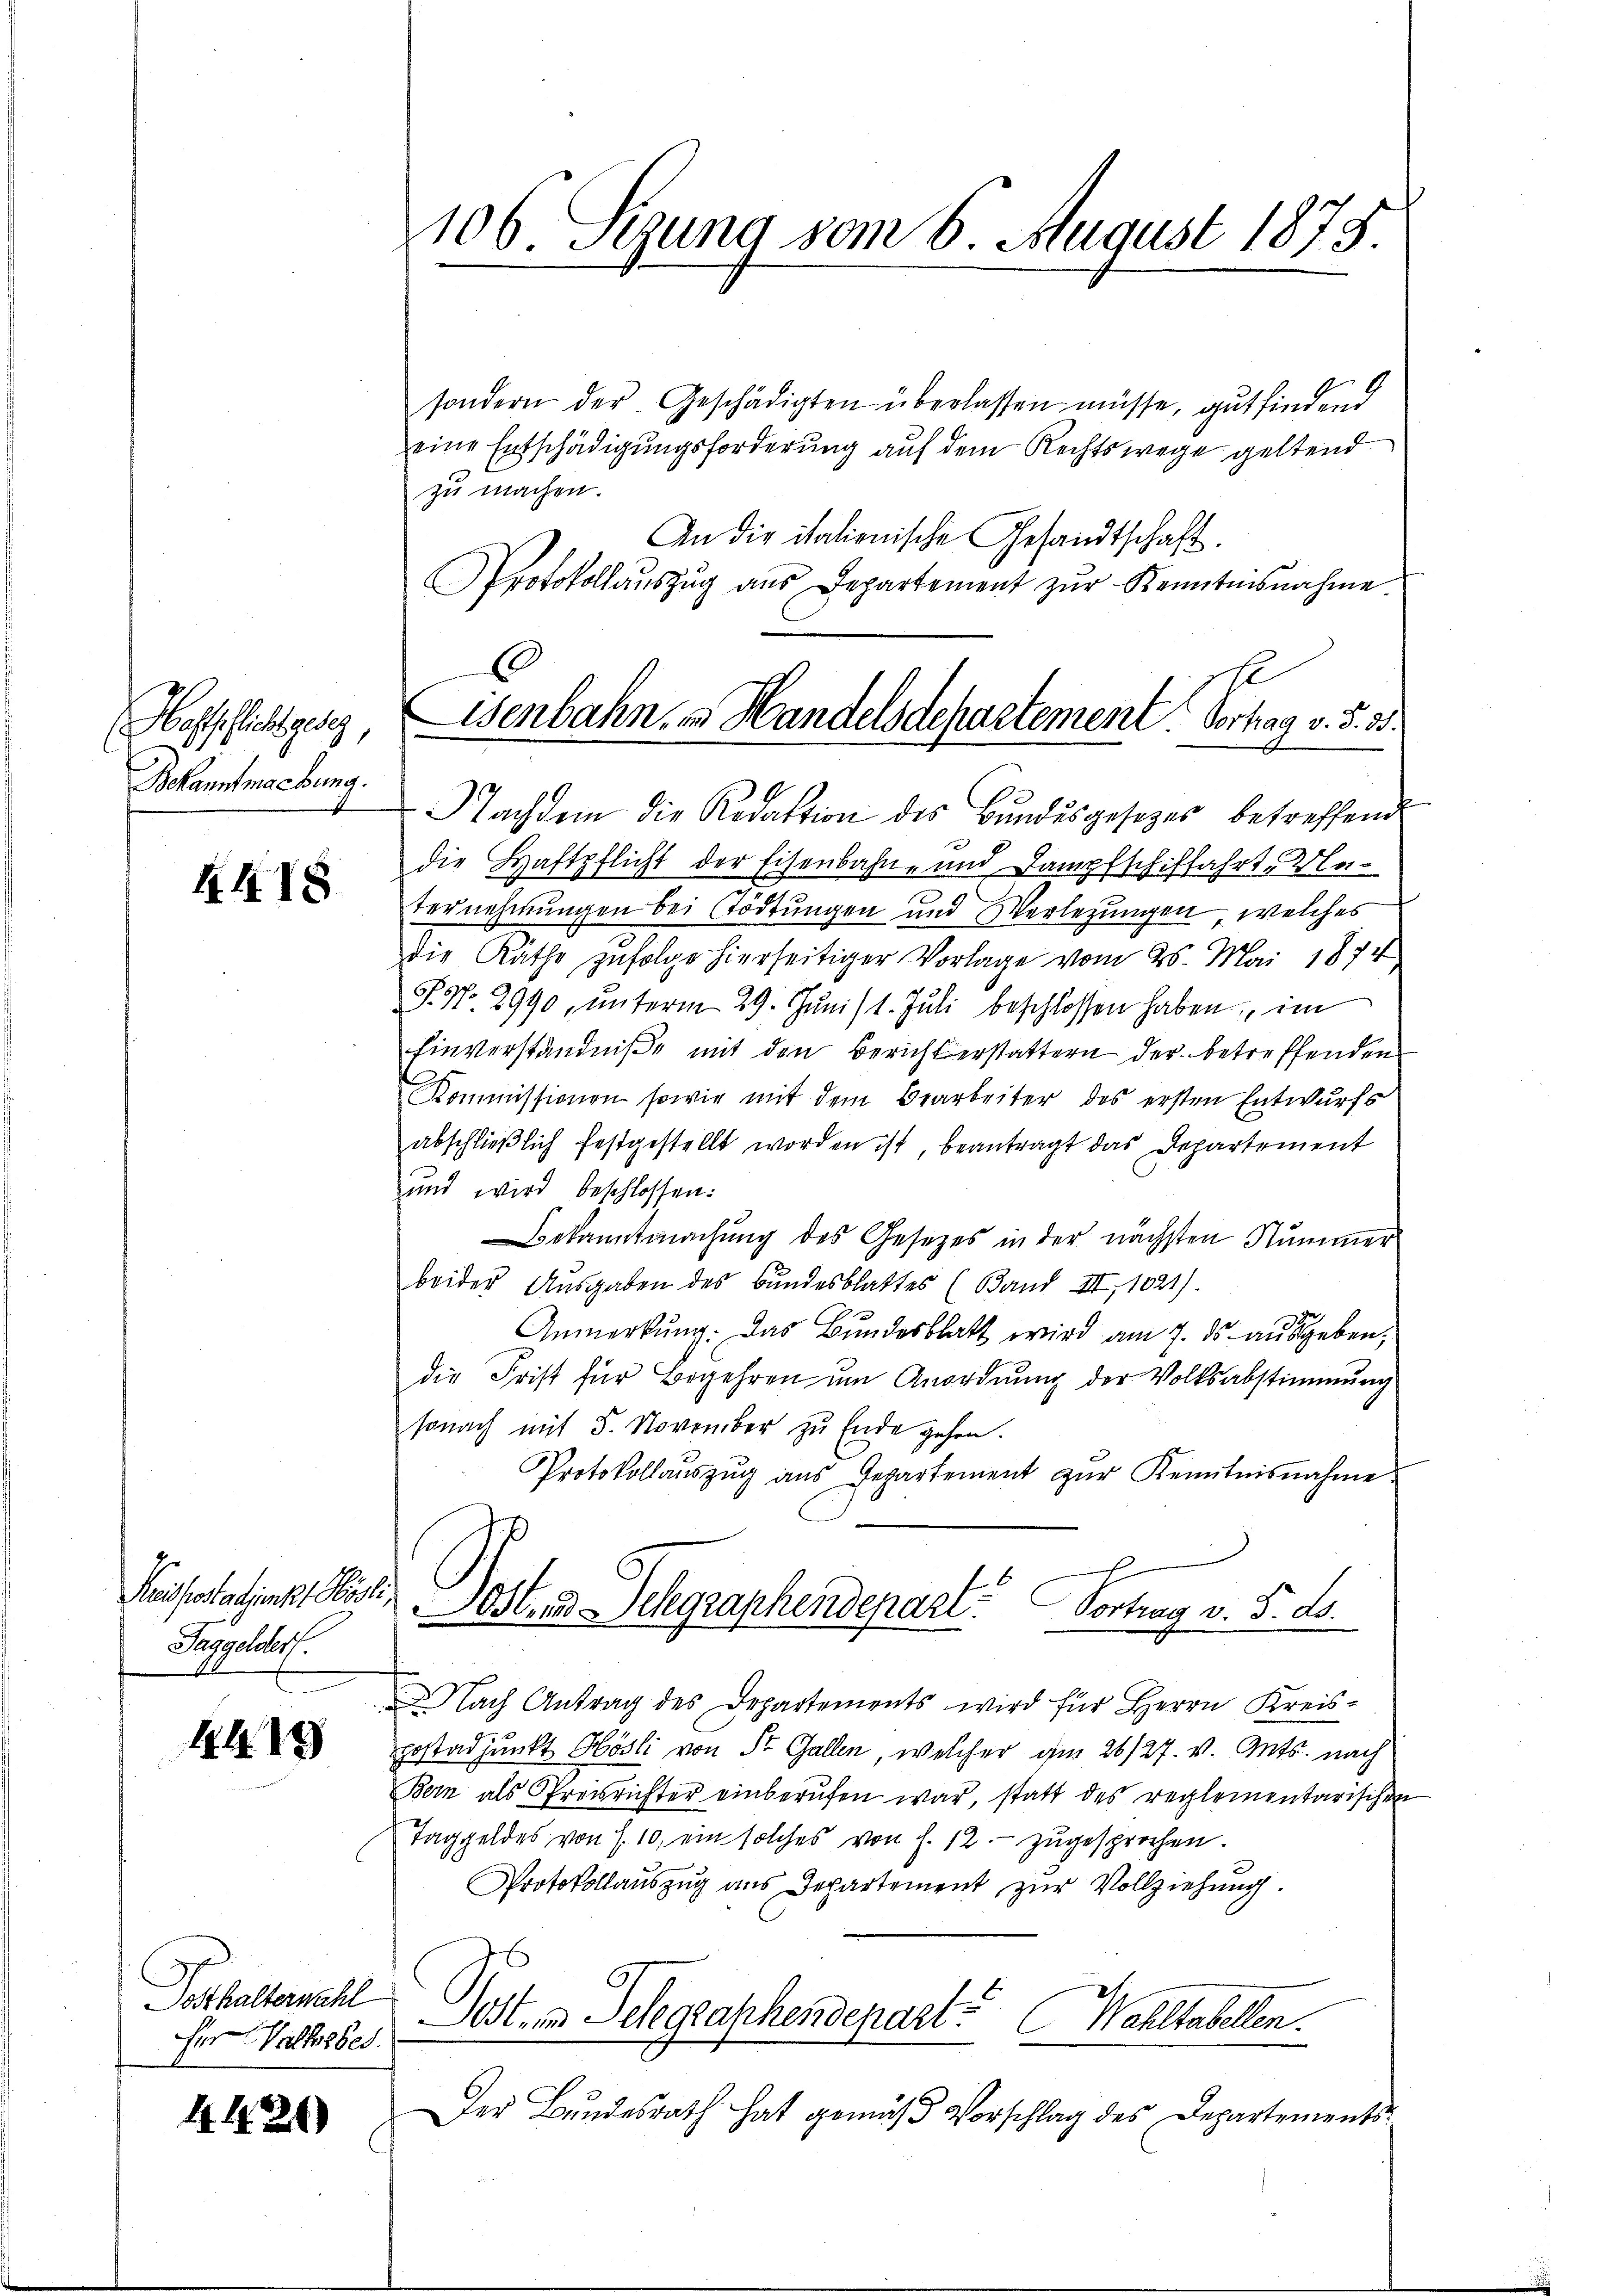
Haftpflicht geseg
Bekanntmachung.

4418

Kreisstadjunkt Hösl
Taggelder.

1429

Posthalternachl
fer Volksbes.

4420

106. Sezung vom 6. August 1875.

sondern der Geschädigten überlassen müsse, gutfindend
eine Entschädigungsforderung auf dem Rechtswege geltend
zu machen.
An die italienische Gesandtschaft
Protokollaŭszŭg aŭs Departement zŭr Kenntnisnahme
achdem die Redaktion des Bŭndesgesetzes betreffend
die Haftpflicht der Eisenbahn- und Dampfschiffahrte Weternehmungen bei Tödtungen und Verletzungen welches
die Räthe zufolge hierseitiger Vorlage vom 25. Mai 1874
P. Nr. 2990, unterm 29. Junis 1. Juli beschlossen haben im
Einverständniße mit den Bericht erstattern der betreffenden
Kommissionen sowie mit dem Bearbeiter des ersten Entwurfs
abschließlich festgestellt worden ist, beantragt das Departement
und wird beschlossen:
Bekanntmachung des Gesetzes in der nächsten Nummer
beider Ausgaben des Bundesblattes (Band III, 1021).
Anmerkung. Das Bundesblatt wird am 7. ds. ausgeben,
die Frist für Begehren um Anordnung der Volksabstimmung
sonach mit 5. November zu Ende gehen.
Protokollaŭszŭg aŭs Gepartement zŭr Kenntnisnahme
Postens Schgraschendepart. Vortrag v. 5. d.
Nach Antrag des Departements wird für Herrn Kreis-
Erstadjunkt Hösli von St. Gallen, welcher am 26/27. v. Mts. nach
Bern als Preisrichter einberufen war, statt des reglementarischen
Taggeldes von S. 10, ein solches von f. 12. zugesprochen.
Protokollauszug aus Departement zur Vollziehung.
Pest, in Telegraphendepart. Wahltabellen.
Der Bundesrath hat gemäß Vorschlag des Departements¬

C
Wenbahn- & Handelsdepartement. Vortrag v. 5. 35.